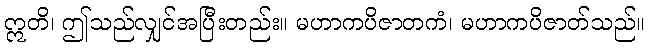
ဣတိ၊ ဤသည်လျှင်အပြီးတည်း။ မဟာကပိဇာတကံ၊ မဟာကပိဇာတ်သည်။